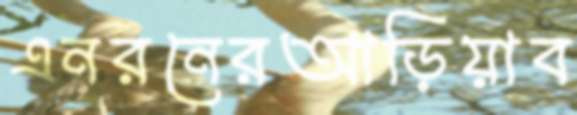
এনরনেরআড়িয়াব